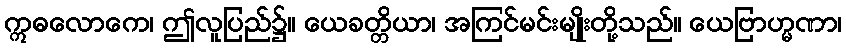
ဣဓလောကေ၊ ဤလူပြည်၌။ ယေခတ္တိယာ၊ အကြင်မင်းမျိုးတို့သည်။ ယေဗြာဟ္မဏာ၊